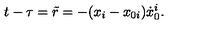
t - \tau = \tilde { r } = - ( x _ { i } - x _ { 0 i } ) { \dot { x } } _ { 0 } ^ { i } .